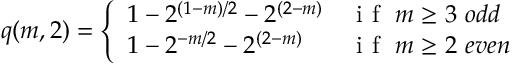
q ( m , 2 ) = \left\{ \begin{array} { l l } { 1 - 2 ^ { ( 1 - m ) / 2 } - 2 ^ { ( 2 - m ) } } & { \mathrm { ~ i ~ f ~ } \ m \geq 3 \ o d d } \\ { 1 - 2 ^ { - m / 2 } - 2 ^ { ( 2 - m ) } } & { \mathrm { ~ i ~ f ~ } \ m \geq 2 \ e v e n } \end{array} \right.